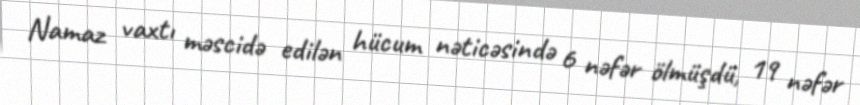
Namaz vaxtı məscidə edilən hücum nəticəsində 6 nəfər ölmüşdü, 19 nəfər